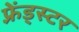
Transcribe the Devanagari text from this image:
फ़्रेंड्स्टर